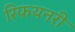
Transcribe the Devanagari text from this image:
रिफयनरी